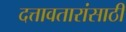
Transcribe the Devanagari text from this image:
दत्तावतारांसाठी